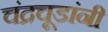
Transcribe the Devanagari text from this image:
चंद्रचूडांनी